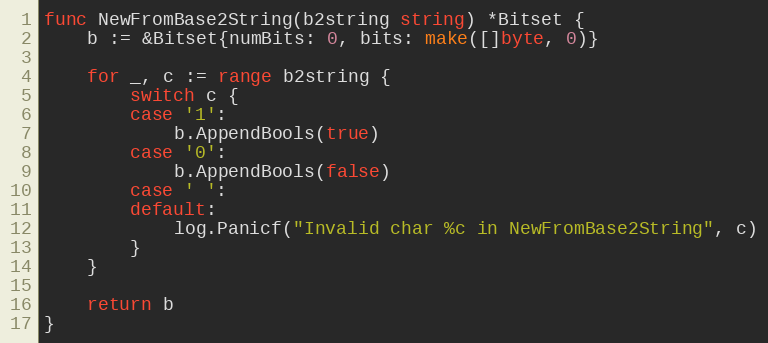
Language: Go
func NewFromBase2String(b2string string) *Bitset {
	b := &Bitset{numBits: 0, bits: make([]byte, 0)}

	for _, c := range b2string {
		switch c {
		case '1':
			b.AppendBools(true)
		case '0':
			b.AppendBools(false)
		case ' ':
		default:
			log.Panicf("Invalid char %c in NewFromBase2String", c)
		}
	}

	return b
}